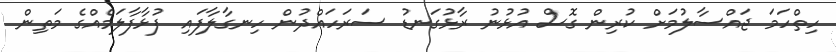
ހިތްހަމަ ޖައްސާލުމަށް ކުރިން ގޮސް އުޅުނު ރާޅުގަނޑު ސަރަހައްދުން ހިނގާލާފައި ފުޅާފާލަމެއްގެ މަތިން